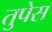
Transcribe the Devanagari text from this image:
तुपेस